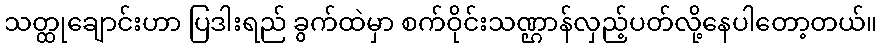
သတ္ထုချောင်းဟာ ပြဒါးရည် ခွက်ထဲမှာ စက်ဝိုင်းသဏ္ဌာန်လှည့်ပတ်လို့နေပါတော့တယ်။